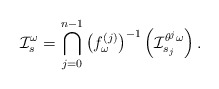
\begin{align*}\mathcal I ^\omega _s = \bigcap ^{n-1} _{j=0} \left(f^{(j)} _\omega \right)^{-1} \left(\mathcal I ^{\theta ^j \omega} _{s_j}\right) .\end{align*}